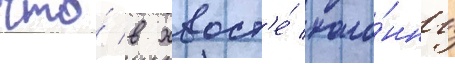
что́ в хвост'е́ коло́нны